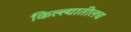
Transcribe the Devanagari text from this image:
किल्ल्यातीलच